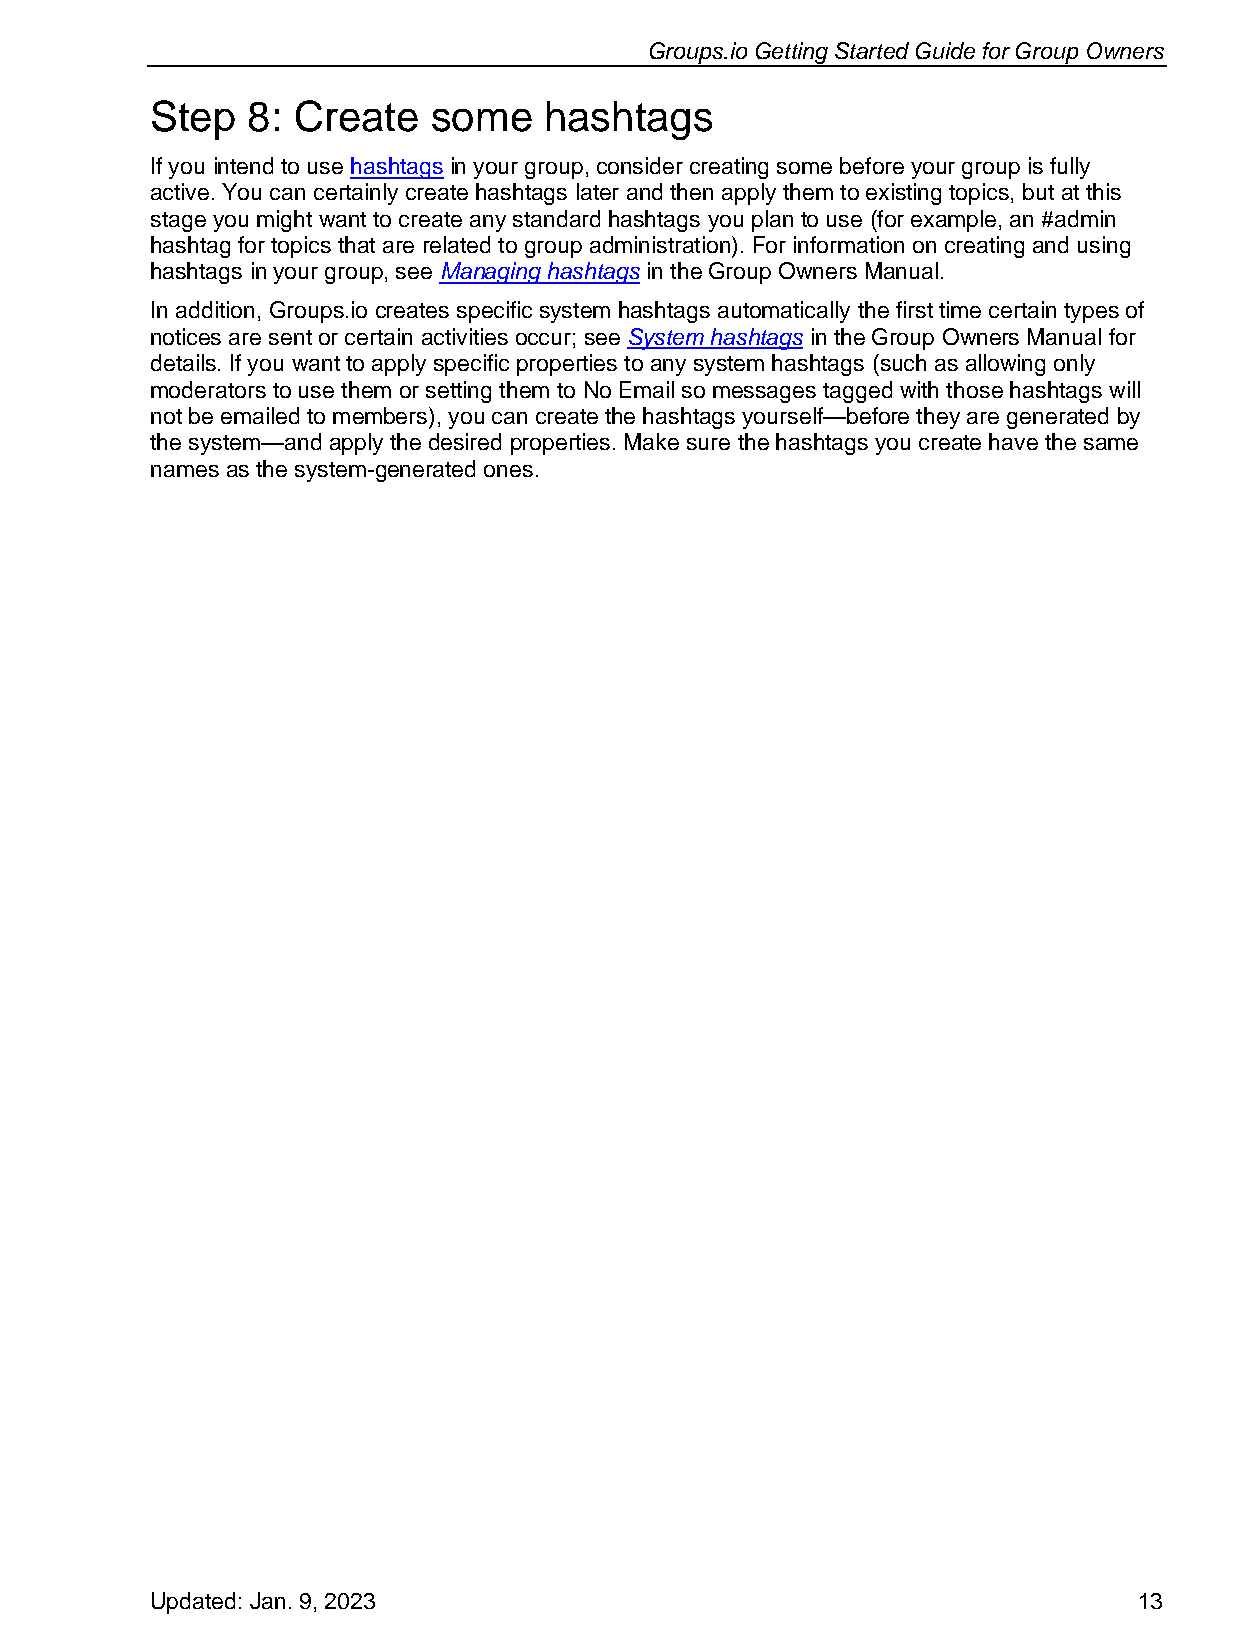
Groups.io Getting Started Guide for Group Owners
 Step  8: Create   some    hashtags
 If you intend to use hashtags in your group, consider creating some before your group is fully
 active. You can certainly create hashtags later and then apply them to existing topics, but at this
 stage you might want to create any standard hashtags you plan to use (for example, an #admin
 hashtag for topics that are related to group administration). For information on creating and using
 hashtags in your group, see Managing hashtags in the Group Owners Manual.
 In addition, Groups.io creates specific system hashtags automatically the first time certain types of
 notices are sent or certain activities occur; see System hashtags in the Group Owners Manual for
 details. If you want to apply specific properties to any system hashtags (such as allowing only
 moderators to use them or setting them to No Email so messages tagged with those hashtags will
 not be emailed to members), you can create the hashtags yourself—before they are generated by
 the system—and apply the desired properties. Make sure the hashtags you create have the same
 names as the system-generated ones.
 Updated: Jan. 9, 2023                                            13